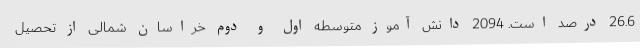
26.6 درصد است. 2094 دانش آموز متوسطه اول و دوم خراسان شمالی از تحصیل